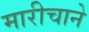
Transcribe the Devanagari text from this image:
मारीचाने